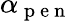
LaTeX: \alpha_{\mathrm{~p~e~n~}}